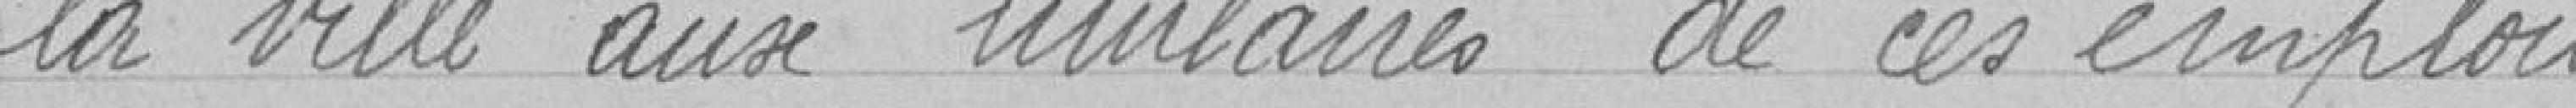
la ville aux titulaires de ces emplois.